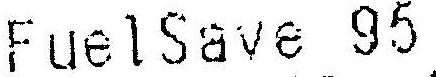
FUELSAVE 95